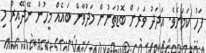
ފަހު ކަމަށެވެ. އަދަދު ވަރަށް ބޮޑުތަނުން މަދުވާން ބައެއް މީހުން ނޭދޭއިރު މި